Insane asylums in Bengal annual reports 1867-1875 - 1867-1875
Year: 1867
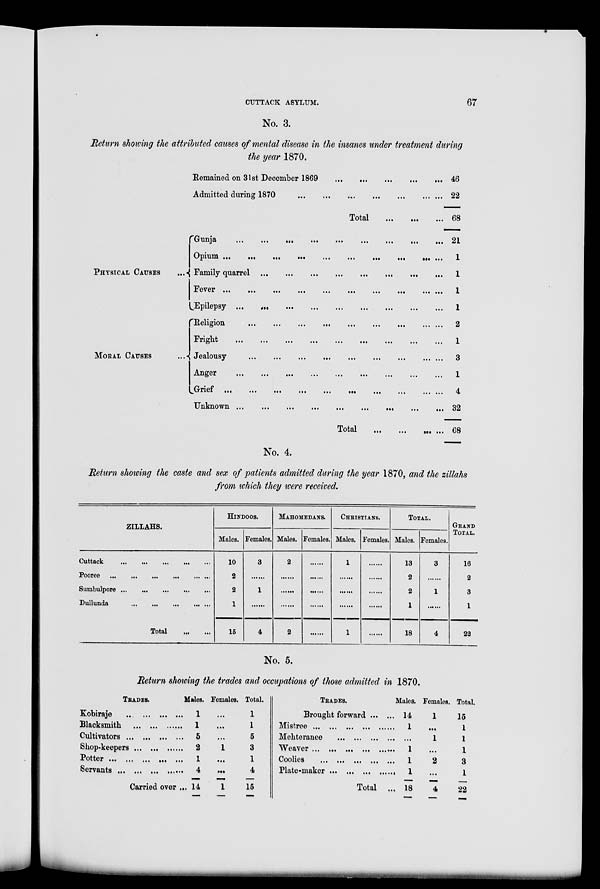
CUTTACK ASYLUM.
67
No. 3.
Return showing the attributed causes of mental disease in the insanes under treatment during
the year 1870.
PHYSICAL CAUSES ...
MORAL CAUSES ...
Remained on 31st December 1869
...
...
...
...
...
Admitted during 1870
...
...
...
...
...
...
...
...
Total
...
...
...
Ganja
...
...
...
...
...
...
...
...
...
Opium ... ... ... ... ... ... ... ... ...
Family quarrel
...
...
...
...
...
...
...
...
...
Fever ... ... ... ... ... ... ... ... ...
Epilepsy ... ... ... ... ... ... ... ... ...
Religion
...
...
...
...
...
...
...
...
...
Fright
...
...
...
...
...
...
...
...
...
Jealousy ... ... ... ... ... ... ... ... ...
Anger
...
...
...
...
...
...
...
...
...
Grief
...
...
...
...
...
...
...
...
...
Unknown
...
...
...
...
...
...
...
...
...
Total...
...
...
...
46
22
68
21
1
1
1
1
2
1
3
1
4
32
68
No. 4.
Return showing the caste and sex of patients admitted during the year 1870, and the zillahs
from which they were received.
ZILLAHS.
Cuttack
...
...
...
...
...
Pooree
...
...
...
...
...
Sumbulpore
...
...
...
...
...
Dullunda
...
...
...
...
...
Total
...
...
HINDOOS.
Males.
10
2
2
1
15
Females.
3
.......
1
.......
4
MAHOMEDANS.
Males.
2
.......
.......
.......
2
Females.
.......
.......
.......
.......
.......
CHRISTIANS.
Males.
1
.......
.......
.......
1
Females.
.......
.......
.......
.......
.......
TOTAL.
Males.
13
2
2
1
18
Females.
3
.......
1
.......
4
GRAND
TOTAL.
16
2
3
1
22
No. 5.
Return showing the trades and occupations of those admitted in 1870.
TRADES.
Kobiraje
... ... ... ...
Blacksmith ... ... ... ...
Cultivators ... ... ... ...
Shop-keepers ... ... ... ...
Potter ... ... ... ... ...
Servants ... ... ... ... ...
Carried over ...
Males.
1
1
5
2
1
4
14
Females.
...
...
...
1
...
...
1
Total.
1
1
5
3
1
4
15
TRADES.
Brought forward ... ...
Mistree ... ... ... ... ... ...
Mehteranee ... ... ... ... ...
Weaver ... ... ... ... ... ...
Coolies ... ... ... ... ... ...
Plate-maker ... ... ... ... ...
Total ...
Males.
14
1
...
1
1
1
18
Females.
1
...
1
...
2
...
4
Total.
15
1
1
1
3
1
22